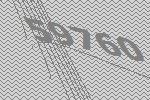
59760